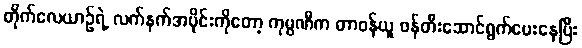
တိုက်လေယာဉ်ရဲ့ လက်နက်အပိုင်းကိုတော့ ကုမ္ပဏီက တာဝန်ယူ ဖန်တီးဆောင်ရွက်ပေးနေပြီး